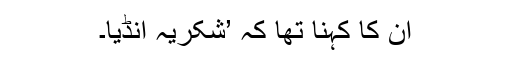
ان کا کہنا تھا کہ ’شکریہ انڈیا۔